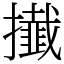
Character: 㩥